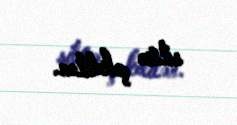
silisə çəkdilər.